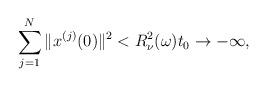
LaTeX: \begin{align*}\sum\limits_{j=1}^N\|x^{(j)}(0)\|^2<R_\nu^2(\omega)t_0\rightarrow-\infty,\end{align*}